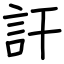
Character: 訐